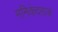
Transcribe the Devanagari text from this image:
मनिकंदराज